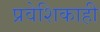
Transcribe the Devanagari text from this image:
प्रवेशिकाही